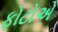
ફોટોએ